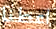
اعطنا